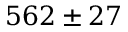
5 6 2 \pm 2 7